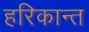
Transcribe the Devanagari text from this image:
हरिकान्त